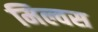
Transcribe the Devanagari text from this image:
मिल्वस